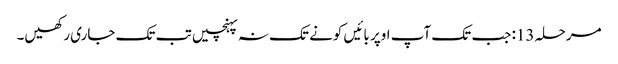
مرحلہ 13: جب تک آپ اوپر بائیں کونے تک نہ پہنچیں تب تک جاری رکھیں۔